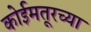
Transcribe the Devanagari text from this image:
कोईमतूरच्या